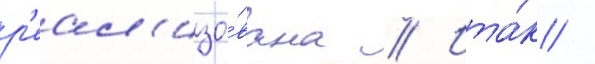
р'еал'изо́вана // Ита́к /